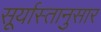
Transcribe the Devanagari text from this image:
सूर्यास्तानुसार